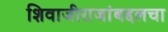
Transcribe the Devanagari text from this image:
शिवाजीराजांबद्दलचा